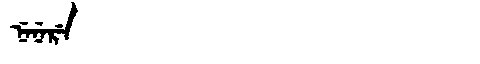
Manchu: ᠨᡝᠨᡝᡵᡝ
Romanization: NENERE